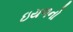
ઇયળનો